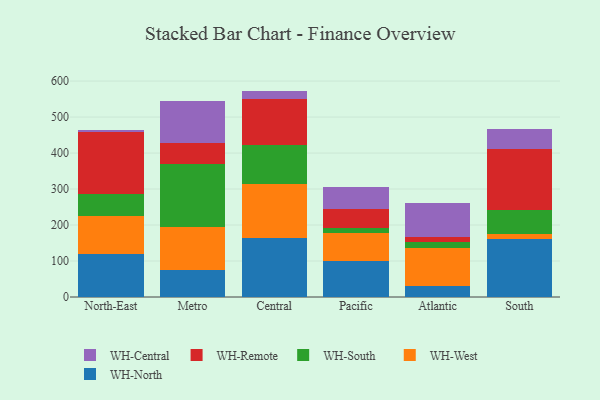
{"axis": {"x": "Region", "y": "Shipments"}, "legend": ["WH-Central", "WH-North", "WH-Remote", "WH-South", "WH-West"], "data": [{"x": "North-East", "y": 118.4, "type": "WH-North"}, {"x": "North-East", "y": 106.5, "type": "WH-West"}, {"x": "North-East", "y": 61.8, "type": "WH-South"}, {"x": "North-East", "y": 171.7, "type": "WH-Remote"}, {"x": "North-East", "y": 5.4, "type": "WH-Central"}, {"x": "Metro", "y": 74.9, "type": "WH-North"}, {"x": "Metro", "y": 119.6, "type": "WH-West"}, {"x": "Metro", "y": 174.3, "type": "WH-South"}, {"x": "Metro", "y": 60.3, "type": "WH-Remote"}, {"x": "Metro", "y": 115.4, "type": "WH-Central"}, {"x": "Central", "y": 163.6, "type": "WH-North"}, {"x": "Central", "y": 149.9, "type": "WH-West"}, {"x": "Central", "y": 108.3, "type": "WH-South"}, {"x": "Central", "y": 127.4, "type": "WH-Remote"}, {"x": "Central", "y": 23.6, "type": "WH-Central"}, {"x": "Pacific", "y": 101.4, "type": "WH-North"}, {"x": "Pacific", "y": 75.7, "type": "WH-West"}, {"x": "Pacific", "y": 14.7, "type": "WH-South"}, {"x": "Pacific", "y": 52.5, "type": "WH-Remote"}, {"x": "Pacific", "y": 60.1, "type": "WH-Central"}, {"x": "Atlantic", "y": 29.4, "type": "WH-North"}, {"x": "Atlantic", "y": 106.0, "type": "WH-West"}, {"x": "Atlantic", "y": 17.1, "type": "WH-South"}, {"x": "Atlantic", "y": 12.9, "type": "WH-Remote"}, {"x": "Atlantic", "y": 95.2, "type": "WH-Central"}, {"x": "South", "y": 161.6, "type": "WH-North"}, {"x": "South", "y": 12.7, "type": "WH-West"}, {"x": "South", "y": 67.4, "type": "WH-South"}, {"x": "South", "y": 169.6, "type": "WH-Remote"}, {"x": "South", "y": 55.9, "type": "WH-Central"}]}